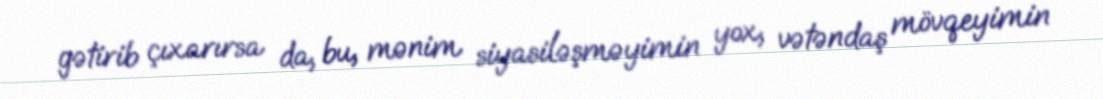
gətirib çıxarırsa da, bu, mənim siyasiləşməyimin yox, vətəndaş mövqeyimin